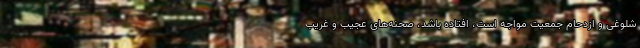
شلوغی و ازدحام جمعیت مواجه است، افتاده باشد، صحنه‌های عجیب و غریب